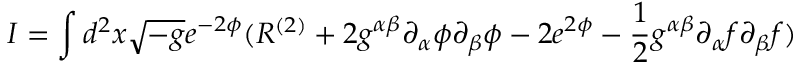
I = \int d ^ { 2 } x \sqrt { - g } e ^ { - 2 \phi } ( R ^ { ( 2 ) } + 2 g ^ { \alpha \beta } \partial _ { \alpha } \phi \partial _ { \beta } \phi - 2 e ^ { 2 \phi } - \frac { 1 } { 2 } g ^ { \alpha \beta } \partial _ { \alpha } f \partial _ { \beta } f )